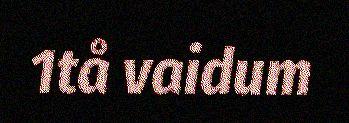
1tå vaidum